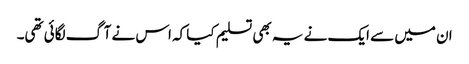
ان میں سے ایک نے یہ بھی تسلیم کیا کہ اس نے آگ لگائی تھی۔